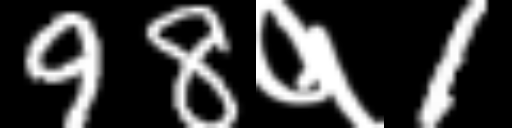
Text: 98१1